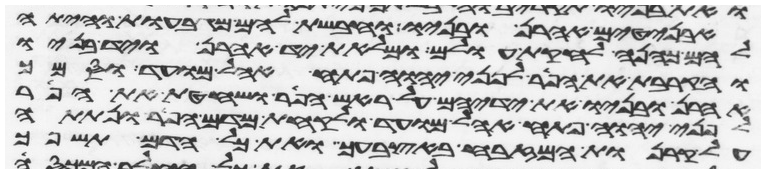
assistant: אבניטים אהרן ובניו וחבשת להם מגבעות והיתה
להם כהנה לחקת עולם ומלאת יד אהרן ויד בניו
והקרבת את הפר לפני יהוה פתח אהל מועד וסמך
אהרן ובניו את ידיהם על ראש הפר ושחטת את הפר
לפני יהוה פתח אהל מועד ולקחת מדם הפר ונתתה
על קרנות המזבח באצבעך ואת כל הדם תשפך